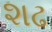
શઢ